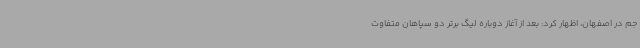
جم در اصفهان، اظهار کرد: بعد از آغاز دوباره لیگ برتر دو سپاهان متفاوت